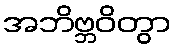
အဘိဗ္ဘဝိတွာ